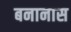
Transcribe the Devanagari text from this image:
बनानास